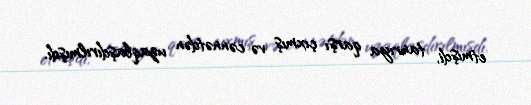
etmişdi, tanrıya qarşı çıxmış və cənnətdən uzaqlaşdırılmışdı.